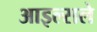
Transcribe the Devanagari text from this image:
आइल्सले